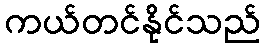
ကယ်တင်နိုင်သည်